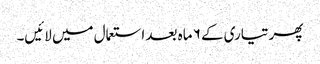
پھر تیاری کے ۶ ماہ بعد استعمال میں لائیں۔